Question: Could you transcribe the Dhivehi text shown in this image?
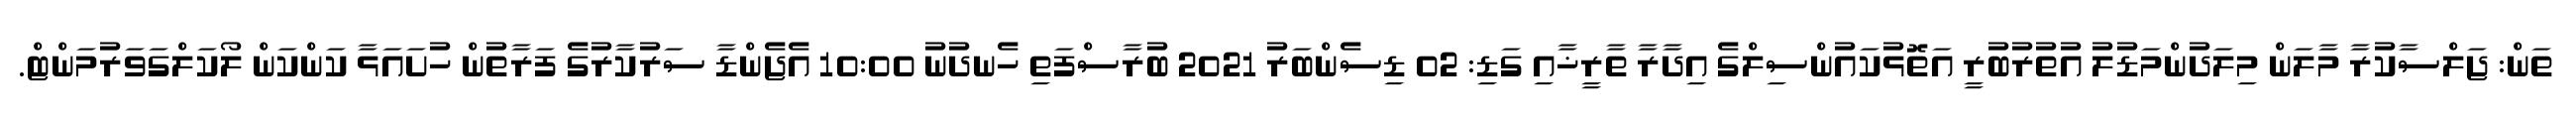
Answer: ތަން: ޖަލްސާކުރާ މާލަން މިލަދުންމަޑުލު އުތުރުބުރީ އަތޮޅުކައުންސިލްގެ އިދާރާ ތާރީޚާއި ގަޑި: 02 ޑިސެންބަރު 2021 ބުރާސްފަތި ހެނދުނު 10:00 އެޖެންޑާ ސަރުކާރުގެ ފަރާތުން ހުށައަޅާ ކަންކަން ލޯކަލްގަވަރުމަންޓް.